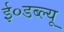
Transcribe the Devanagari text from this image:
ई०डब्ल्यू